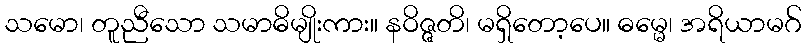
သမော၊ တူညီသော သမာဓိမျိုးကား။ နဝိဇ္ဇတိ၊ မရှိတော့ပေ။ ဓမ္မေ၊ အရိယာမဂ်